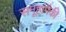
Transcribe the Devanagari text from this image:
समूहांपैकी